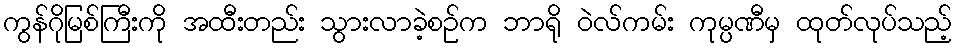
ကွန်ဂိုမြစ်ကြီးကို အထီးတည်း သွားလာခဲ့စဉ်က ဘာရို ဝဲလ်ကမ်း ကုမ္ပဏီမှ ထုတ်လုပ်သည့်